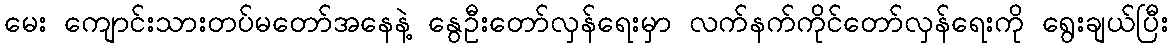
မေး ကျောင်းသားတပ်မတော်အနေနဲ့ နွေဦးတော်လှန်ရေးမှာ လက်နက်ကိုင်တော်လှန်ရေးကို ရွေးချယ်ပြီး